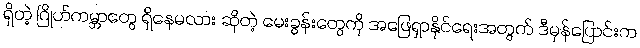
ရှိတဲ့ ဂြိုဟ်ကမ္ဘာတွေ ရှိနေမလား ဆိုတဲ့ မေးခွန်းတွေကို အဖြေရှာနိုင်ရေးအတွက် ဒီမှန်ပြောင်းက